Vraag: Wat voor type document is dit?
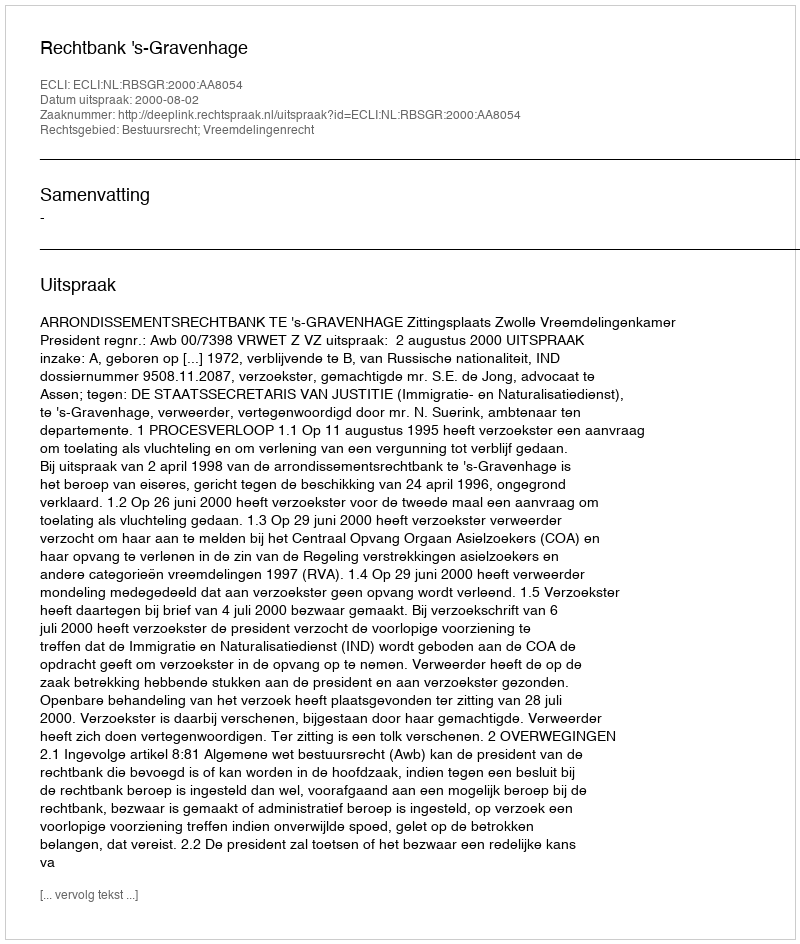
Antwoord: Uitspraak